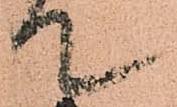
て